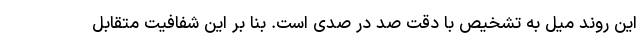
این روند میل به تشخیص با دقت صد در صدی است. بنا بر این شفافیت متقابل